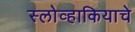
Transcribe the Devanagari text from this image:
स्लोव्हाकियाचे